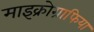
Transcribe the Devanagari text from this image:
माइक्रोग्राफिया